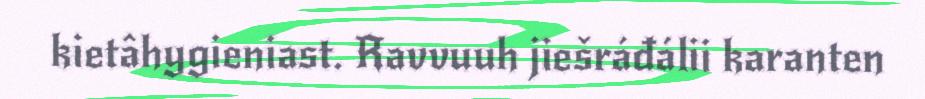
kietâhygieniast. Ravvuuh jiešráđálii karanten